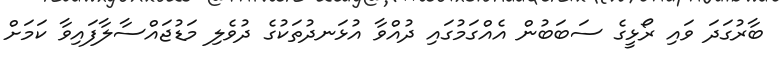
ބާރުގަދަ ވައި ރޯޅީގެ ސަބަބުން އެއްގަމުގައި ދުއްވާ އުޅަނދުތަކުގެ ދުވެލި މަޑުޖައްސާލާފައިވާ ކަމަށް